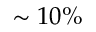
\sim 1 0 \%